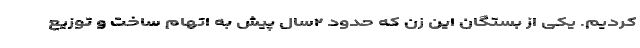
کردیم. یکی از بستگان این زن که حدود ۲سال پیش به اتهام ساخت و توزیع